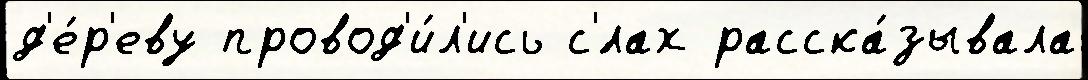
д'е́р'еву провод'и́л'ись с'́лах расска́зывала